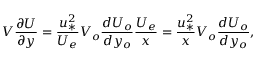
V \frac { \partial U } { \partial y } = \frac { u _ { * } ^ { 2 } } { U _ { e } } V _ { o } \frac { d U _ { o } } { d y _ { o } } \frac { U _ { e } } { x } = \frac { u _ { * } ^ { 2 } } { x } V _ { o } \frac { d U _ { o } } { d y _ { o } } ,